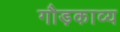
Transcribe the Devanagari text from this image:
गौड़काव्य